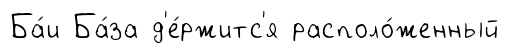
Ба́и Ба́за д'е́ржитс'я располо́женный